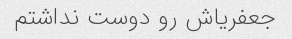
جعفریاش رو دوست نداشتم